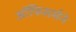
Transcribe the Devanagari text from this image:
ऑफिसर्सने